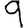
Digit: 9